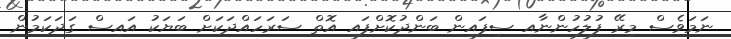
ނަމަވެސް މިރޭ ފުލުހުންނާއި ސިފައިން ބަންދުކޮށްފައި އޮތް ސަރަހައްދަކަށް ބަޔަކު އައިސް ގަދަކަމުން